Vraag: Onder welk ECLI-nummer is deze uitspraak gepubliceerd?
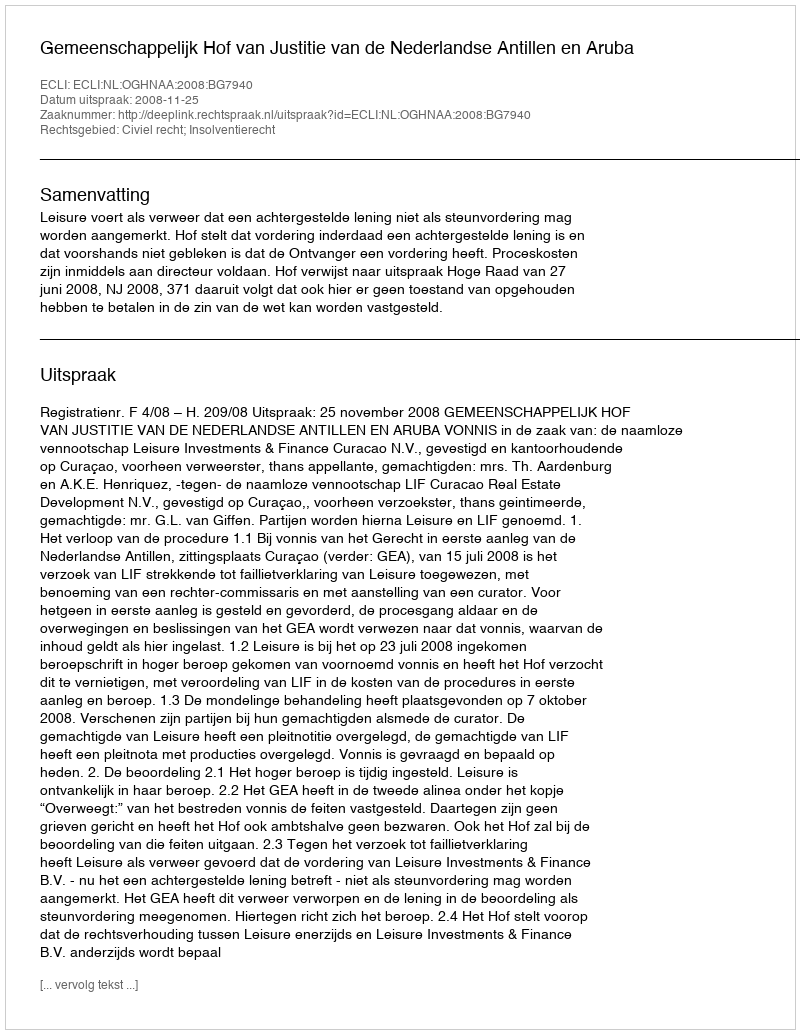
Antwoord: ECLI:NL:OGHNAA:2008:BG7940